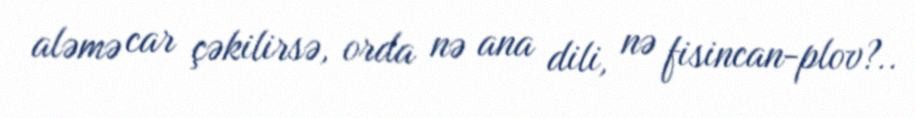
aləmə car çəkilirsə, orda nə ana dili, nə fisincan-plov?..